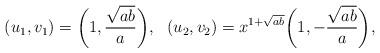
LaTeX: \begin{align*}(u_1,v_1)=\bigg(1,\frac{\sqrt{ab}}{a}\bigg),~~(u_2,v_2)=x^{1+\sqrt{ab}}\bigg(1,-\frac{\sqrt{ab}}{a}\bigg),\end{align*}